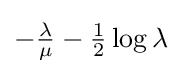
-{\tfrac {\lambda }{\mu }}-{\tfrac {1}{2}}\log \lambda